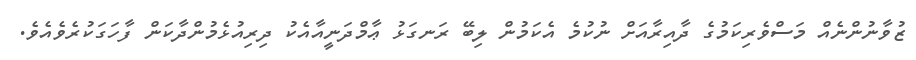
ޒުވާނުންނެއް މަސްވެރިކަމުގެ ދާއިރާއަށް ނުކުމެ އެކަމުން ލިބޭ ރަނގަޅު ޢާމްދަނީއާއެކު ދިރިއުޅެމުންދާކަން ފާހަގަކުރެވެއެވެ.